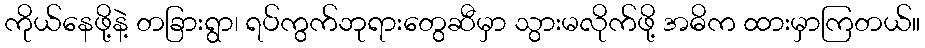
ကိုယ်နေဖို့နဲ့ တခြားရွာ၊ ရပ်ကွက်ဘုရားတွေဆီမှာ သွားမလိုက်ဖို့ အဓိက ထားမှာကြတယ်။